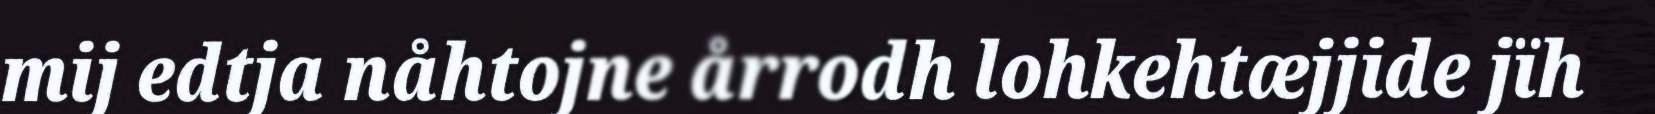
mij edtja nåhtojne årrodh lohkehtæjjide jïh